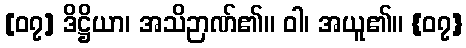
[၀၇] ဒိဋ္ဌိယာ၊ အသိဉာဏ်၏။ ဝါ၊ အယူ၏။ {၀၇}